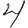
Digit: 4